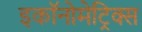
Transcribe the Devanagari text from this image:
इकॉनोमेट्रिक्स